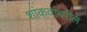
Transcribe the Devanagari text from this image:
शांकवांवरील